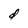
Character: d